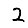
Digit: 2